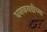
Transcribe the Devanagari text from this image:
धनकवडीच्या